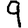
Digit: 9